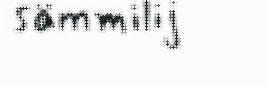
sämmilij